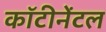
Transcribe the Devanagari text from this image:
कॉटीनेंटल